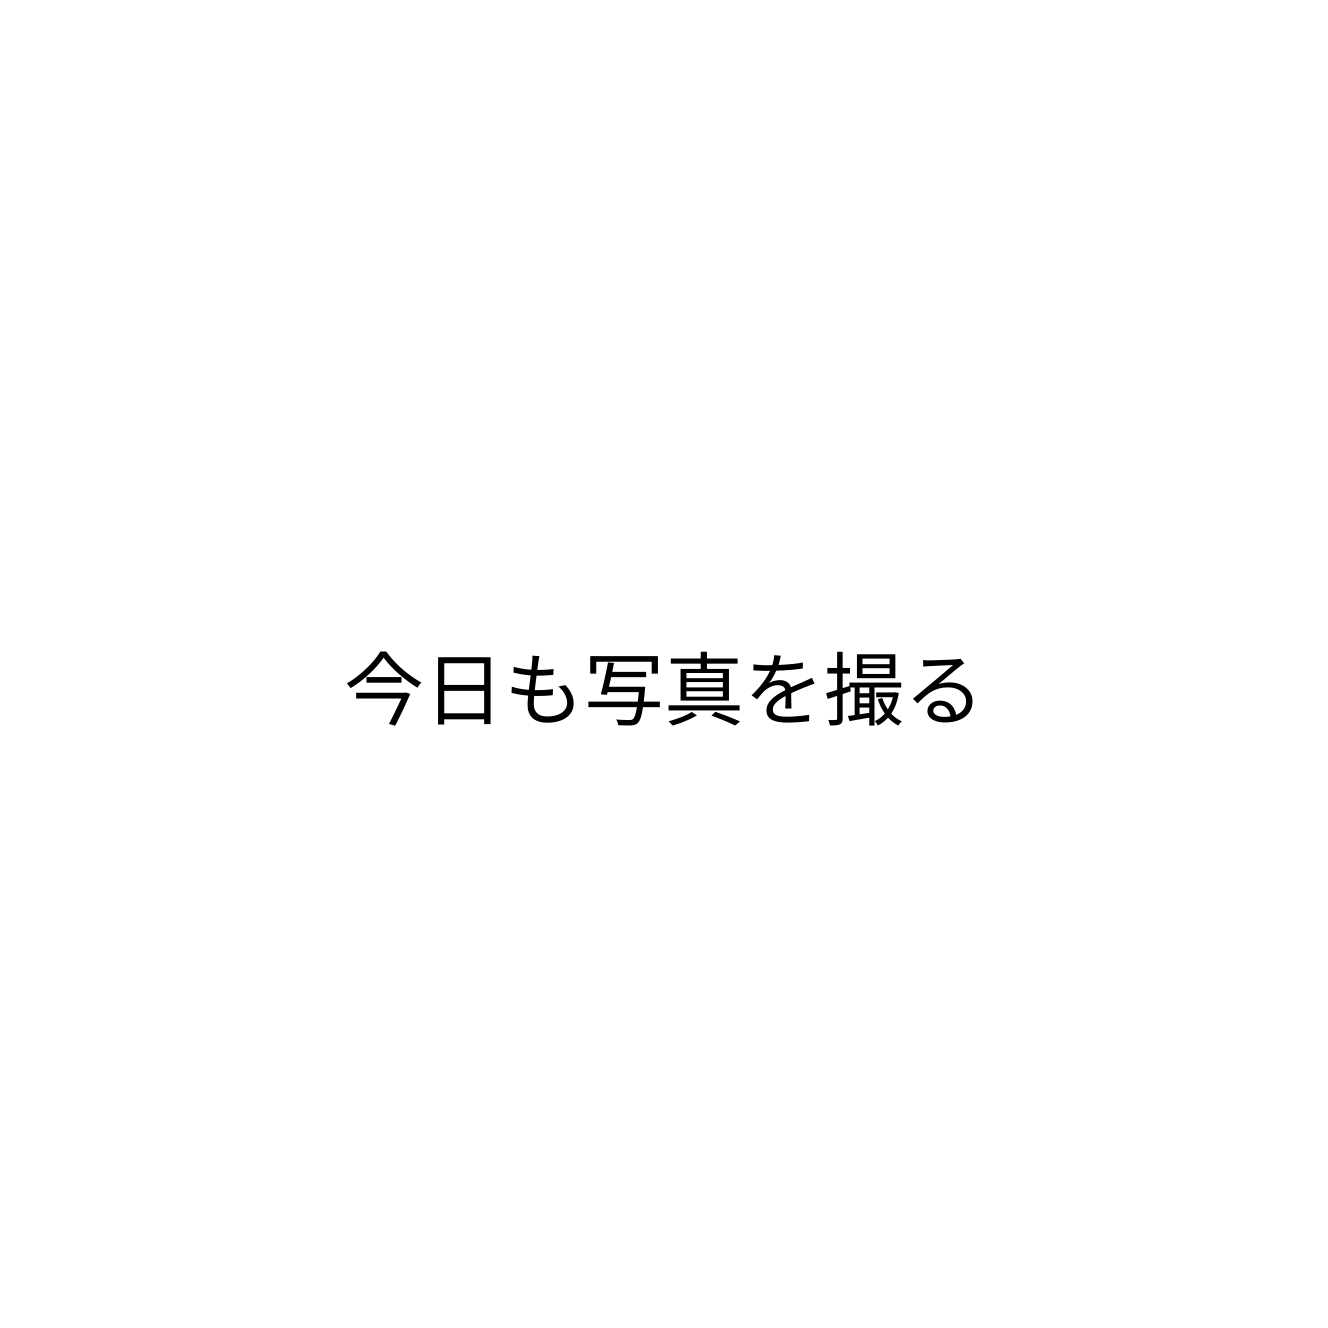
今日も写真を撮る